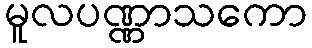
မူလပဏ္ဏာသကော